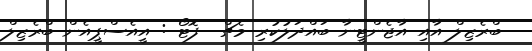
ބްރެޒިލް އާއި އާޖެންޓީނާ ބައްދަލުކުރި މެޗް  ފޮޓޯ : އީއެސްޕީއެން ބްރެޒިލް